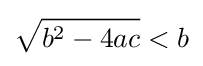
{\sqrt {b^{2}-4ac}}<b